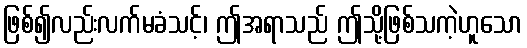
ဖြစ်၍လည်းလက်မခံသင့်၊ ဤအရာသည် ဤသို့ဖြစ်သကဲ့ဟူသော